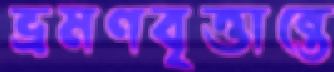
ভ্রমণবৃত্তান্তে